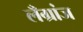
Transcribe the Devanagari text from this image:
लँग्रांज